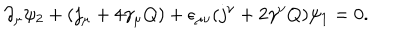
LaTeX: \partial _ { \mu } \psi _ { 2 } + ( j _ { \mu } + 4 \gamma _ { \mu } Q ) + \epsilon _ { \mu \nu } ( j ^ { \nu } + 2 \gamma ^ { \nu } Q ) \psi _ { 1 } = 0 .